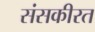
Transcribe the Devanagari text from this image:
संसकीरत